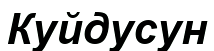
Куйдусун